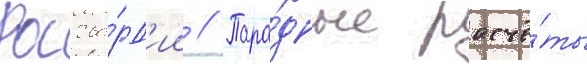
Росгва́рд'ии // Пара́дные расчё́ты